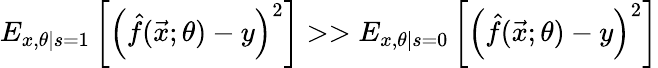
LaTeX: E_{x,\theta|s=1}\left[\left(\hat{f}(\vec{x};\theta)-y\right)^{2}\right]>>E_{x,\theta|s=0}\left[\left(\hat{f}(\vec{x};\theta)-y\right)^{2}\right]